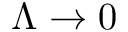
\Lambda \to 0